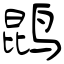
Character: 鹍